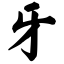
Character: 牙